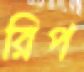
রিপ